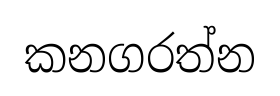
කනගරත්න